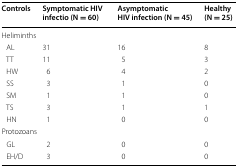
| Controls | Symptomatic HIV infectio (N = 60) | Asymptomatic HIV infection (N = 45) | Healthy (N = 25) |
 | --- | --- | --- | --- |
 | <COLSPAN=4> Heliminths |
 | AL | 31 | 16 | 8 |
 | TT | 11 | 5 | 3 |
 | HW | 6 | 4 | 2 |
 | SS | 3 | 1 | 0 |
 | SM | 1 | 1 | 0 |
 | TS | 3 | 1 | 1 |
 | HN | 1 | 0 | 0 |
 | <COLSPAN=4> Protozoans |
 | GL | 2 | 0 | 0 |
 | EH/D | 3 | 0 | 0 |